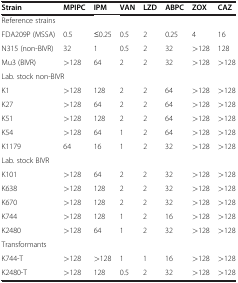
| Strain | MPIPC | IPM | VAN | LZD | ABPC | ZOX | CAZ |
 | --- | --- | --- | --- | --- | --- | --- | --- |
 | <COLSPAN=2> Reference strains |  |  |  |  |  |  |
 | FDA209P (MSSA) | 0.5 | ≤0.25 | 0.5 | 2 | 0.25 | 4 | 16 |
 | N315 (non-BIVR) | 32 | 1 | 0.5 | 2 | 32 | >128 | 128 |
 | Mu3 (BIVR) | >128 | 64 | 2 | 2 | 32 | >128 | >128 |
 | <COLSPAN=2> Lab. stock non-BIVR |  |  |  |  |  |  |
 | K1 | >128 | 128 | 2 | 2 | 64 | >128 | >128 |
 | K27 | >128 | 64 | 2 | 2 | 64 | >128 | >128 |
 | K51 | >128 | 128 | 2 | 2 | 64 | >128 | >128 |
 | K54 | >128 | 64 | 1 | 2 | 64 | >128 | >128 |
 | K1179 | 64 | 16 | 1 | 2 | 32 | >128 | >128 |
 | <COLSPAN=2> Lab. stock BIVR |  |  |  |  |  |  |
 | K101 | >128 | 64 | 2 | 2 | 32 | >128 | >128 |
 | K638 | >128 | 128 | 2 | 2 | 32 | >128 | >128 |
 | K670 | >128 | 128 | 2 | 2 | 32 | >128 | >128 |
 | K744 | >128 | 128 | 1 | 2 | 16 | >128 | >128 |
 | K2480 | >128 | 64 | 1 | 2 | 32 | >128 | >128 |
 | <COLSPAN=2> Transformants |  |  |  |  |  |  |
 | K744-T | >128 | >128 | 1 | 1 | 16 | >128 | >128 |
 | K2480-T | >128 | 128 | 0.5 | 2 | 32 | >128 | >128 |